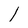
Character: 1